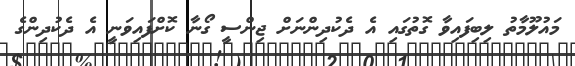
މައުލޫމާތު ލިބިފައިވާ ގޮތުގައި އެ ދެކުދިންނަށް ޖިންސީ ގޯނާ ކޮށްފައިވަނީ އެ ދެކުދިންގެ